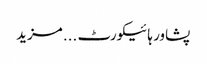
پشاور ہائیکورٹ ... مزید